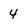
Character: 4